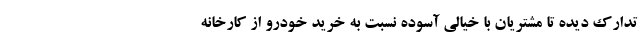
تدارک دیده تا مشتریان با خیالی آسوده نسبت به خرید خودرو از کارخانه